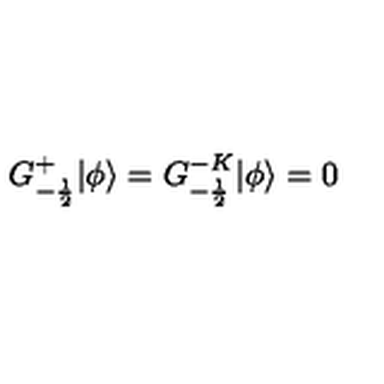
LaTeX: G _ { - \frac { 1 } { 2 } } ^ { + } | \phi \rangle = G _ { - \frac { 1 } { 2 } } ^ { - K } | \phi \rangle = 0